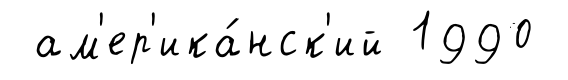
ам'ер'ика́нск'ий 1990